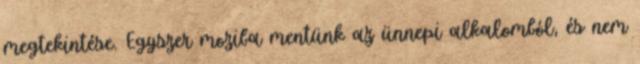
megtekintése. Egyszer moziba mentünk az ünnepi alkalomból, és nem